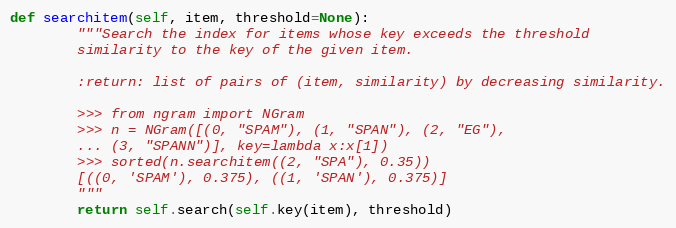
Language: Python
def searchitem(self, item, threshold=None):
        """Search the index for items whose key exceeds the threshold
        similarity to the key of the given item.

        :return: list of pairs of (item, similarity) by decreasing similarity.

        >>> from ngram import NGram
        >>> n = NGram([(0, "SPAM"), (1, "SPAN"), (2, "EG"),
        ... (3, "SPANN")], key=lambda x:x[1])
        >>> sorted(n.searchitem((2, "SPA"), 0.35))
        [((0, 'SPAM'), 0.375), ((1, 'SPAN'), 0.375)]
        """
        return self.search(self.key(item), threshold)